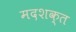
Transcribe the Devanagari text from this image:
मदशक्त